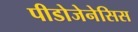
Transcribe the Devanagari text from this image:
पीडोजेनेसिस